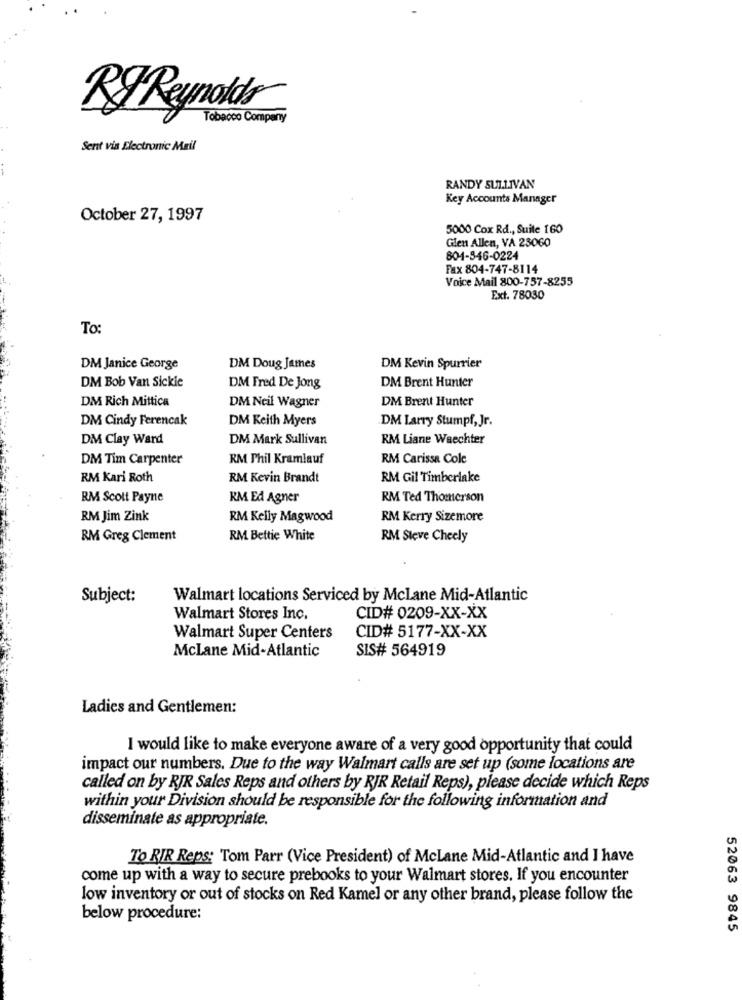
RFReynolds
Tobacco Company
Sent via Electronic Mail
RANDY SULLIVAN
Key Accounts Manager
October 27, 1997
5000 Cox Rd ., Suite 160
Glen Allen, VA 23060
804-846-0224
Fax 804-747-8114
Voice Mail 800-757-8255
Ext. 78030
To:
DM Janice George
DM Doug James
DM Kevin Spurrier
DM Bob Van Sickle
DM Fred De Jong
DM Brent Hunter
DM Rich Mittica
DM Brent Hunter
DM Neil Wagner
DM Cindy Ferencak
DM Keith Myers
DM Larry Stumpf, Jr.
DM Clay Ward
DM Mark Sullivan
RM Liane Waechter
DM Tim Carpenter
RM Phil Kramlauf
RM Carissa Cole
RM Kari Roth
RM Kevin Brandt
RM Gil Timberlake
RM Scott Payne
KM Ed Agner
RM Ted Thomerson
RM Jim Zink
RM Kelly Magwood
RM Kerry Sizemore
RM Greg Clement
RM Bettie White
RM Steve Cheely
Subject:
Walmart locations Serviced by McLane Mid-Atlantic
Walmart Stores Inc.
CID# 0209-XX-XX
CID# 5177-XX-XX
Walmart Super Centers
McLane Mid-Atlantic
SIS# 564919
Ladies and Gentlemen:
I would like to make everyone aware of a very good opportunity that could
impact our numbers. Due to the way Walmart calls are set up (some locations are
called on by RJR Sales Reps and others by RJR Retail Reps), please decide which Reps
within your Division should be responsible for the following information and
disseminate as appropriate.
To RIR Reps: Tom Parr (Vice President) of McLane Mid-Atlantic and I have
come up with a way to secure prebooks to your Walmart stores. If you encounter
low inventory or out of stocks on Red Kamel or any other brand, please follow the
below procedure:
52063 9845